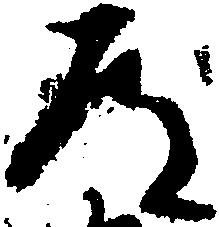
道